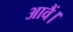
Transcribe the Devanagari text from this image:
आवैं।